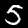
Label: 5